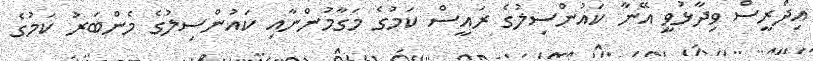
އިދްރީސް ވިދާޅުވީ އޭނާ ކައުންސިލުގެ ރައީސް ކަމުގެ މަގާމުންނާއި ކައުންސިލުގެ މެންބަރު ކަމުގެ